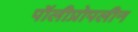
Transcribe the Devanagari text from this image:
पॉलीप्रोपलीन